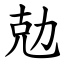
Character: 勊